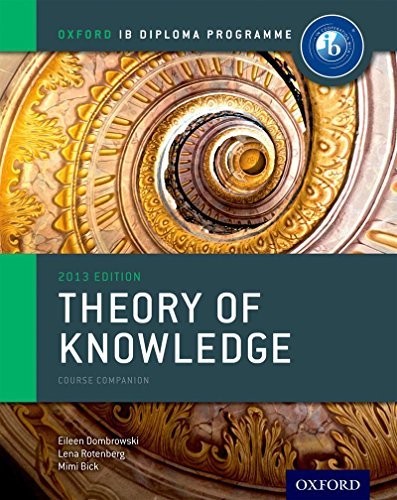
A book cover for IB Theory of Knowledge Course Book: Oxford IB Diploma Program Course Book; Eileen Dombrowski; Politics & Social Sciences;